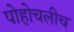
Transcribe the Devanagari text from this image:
पोहोचलीच